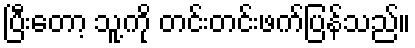
ပြီးတော့ သူ့ကို တင်းတင်းဖက်ပြန်သည်။